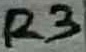
Text: R3